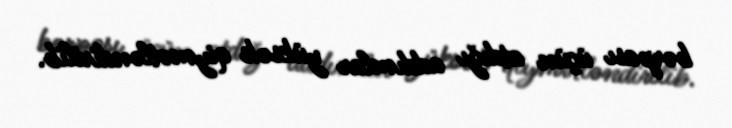
bərpası üçün atdığı addımlar yüksək qiymətləndirilib.